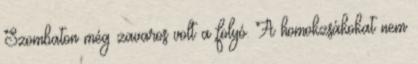
Szombaton még zavaros volt a folyó. A homokzsákokat nem